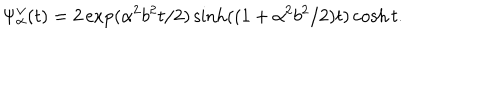
\Psi _ { \alpha } ^ { \vee } ( t ) = 2 \exp ( \alpha ^ { 2 } b ^ { 2 } t / 2 ) \sinh ( ( 1 + \alpha ^ { 2 } b ^ { 2 } / 2 ) t ) \cosh t .